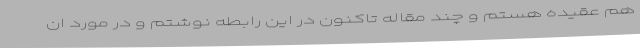
هم عقیده هستم‌ و چند مقاله تاکنون در این رابطه نوشتم و در مورد ان